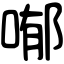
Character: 喐